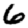
Digit: 6